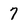
Character: 7